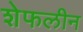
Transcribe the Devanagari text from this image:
शेफलीन